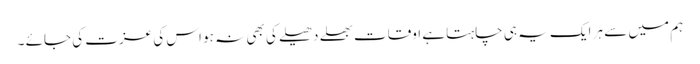
ہم میں سے ہر ایک یہ ہی چاہتا ہے اوقات بھلے دھیلے کی بھی نہ ہو اس کی عزت کی جائے ۔